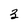
Character: 3